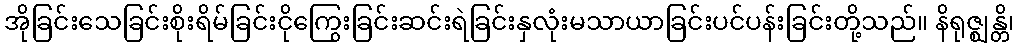
အိုခြင်းသေခြင်းစိုးရိမ်ခြင်းငိုကြွေးခြင်းဆင်းရဲခြင်းနှလုံးမသာယာခြင်းပင်ပန်းခြင်းတို့သည်။ နိရုဇ္ဈန္တိ၊